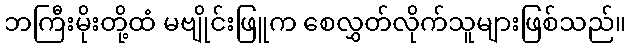
ဘကြီးမိုးတို့ထံ မဗျိုင်းဖြူက စေလွှတ်လိုက်သူများဖြစ်သည်။